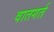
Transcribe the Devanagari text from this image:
वातगर्त